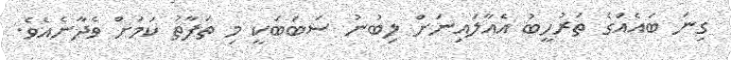
ގިނަ ބައެއްގެ ތަރުހީބު އެއާލައިނަށް ލިބުނު ސަބަބަކީ މި ތަފާތު ކަމަށް ވެދާނެއެވެ.